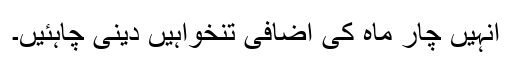
انہیں چار ماہ کی اضافی تنخواہیں دینی چاہئیں۔